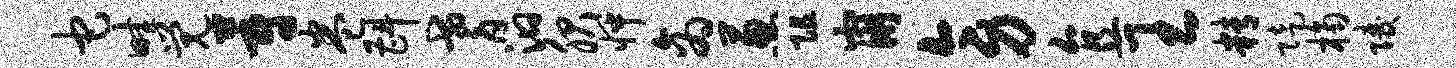
它畦觉蔚卷斟耆汩服怦商葱阻崩旁直王精陡桷陵